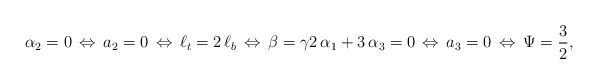
\begin{align*}\alpha_2=0\,\Leftrightarrow\,a_2=0\,\Leftrightarrow\,\ell_t=2\,\ell_b\,\Leftrightarrow\,\beta=\gamma 2\,\alpha_1+3\,\alpha_3=0\,\Leftrightarrow \,a_3=0\,\Leftrightarrow \,\Psi=\frac{3}{2},\end{align*}